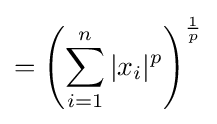
=\left(\sum _{i=1}^{n}|x_{i}|^{p}\right)^{\frac {1}{p}}